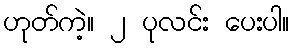
ဟုတ်ကဲ့။ ၂ ပုလင်း ပေးပါ။